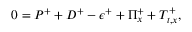
0 = P ^ { + } + D ^ { + } - \epsilon ^ { + } + \Pi _ { x } ^ { + } + T _ { t , x } ^ { + } ,